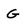
Character: G